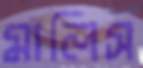
মালিস